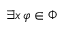
\exists x \, \varphi \in \Phi